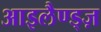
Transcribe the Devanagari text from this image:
आइलैण्ड्ज़